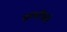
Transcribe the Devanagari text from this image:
कल्टीवर्स।